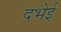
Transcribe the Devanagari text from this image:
दभेई